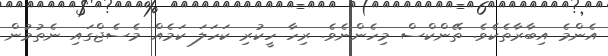
އެންމެ އިބާރާތެކެވެ. ތޭންކްސް މިހެންނެވެ. ރިހާ ހީކުރި ކަހަލަ ކަމެއް މެސެޖްގައި ނެތުމުން